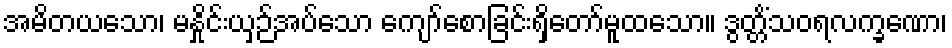
အမိတယသော၊ မနှိုင်းယှဉ်အပ်သော ကျော်စောခြင်းရှိတော်မူထသော။ ဒွတ္တိံသဝရလက္ခဏော၊